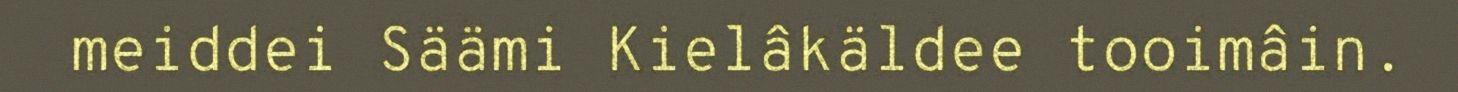
meiddei Säämi Kielâkäldee tooimâin.